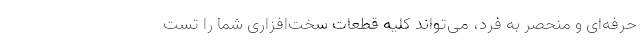
حرفه‌ای و منحصر به فرد، می‌تواند کلیه قطعات سخت‌افزاری شما را تست